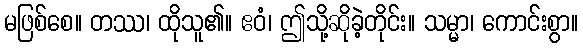
မဖြစ်စေ။ တဿ၊ ထိုသူ၏။ ဧဝံ၊ ဤသို့ဆိုခဲ့တိုင်း။ သမ္မာ၊ ကောင်းစွာ။